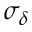
\sigma _ { \delta }